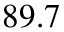
8 9 . 7